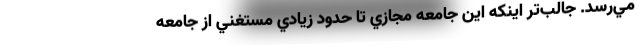
مي‌رسد. جالب‌تر اينكه اين جامعه مجازي تا حدود زيادي مستغني از جامعه